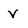
Character: V